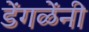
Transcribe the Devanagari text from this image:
डेंगळेंनी